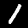
Label: 1